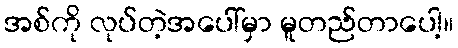
အစ်ကို လုပ်တဲ့အပေါ်မှာ မူတည်တာပေါ့။